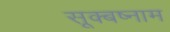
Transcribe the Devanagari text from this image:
सूक्बष्नाम